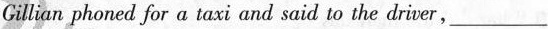
Gillian phoned for a taxi and said to the driver, ___